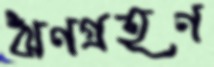
ঋণগ্রহণ